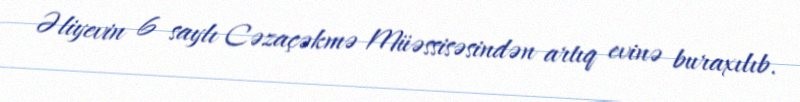
Əliyevin 6 saylı Cəzaçəkmə Müəssisəsindən artıq evinə buraxılıb.